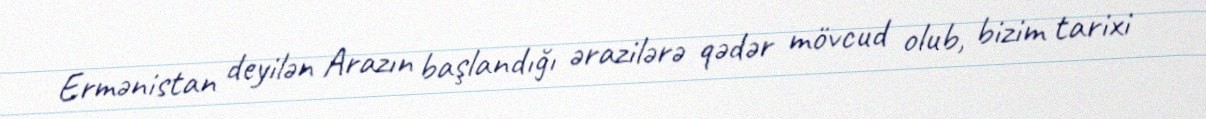
Ermənistan deyilən Arazın başlandığı ərazilərə qədər mövcud olub, bizim tarixi